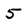
Character: 5